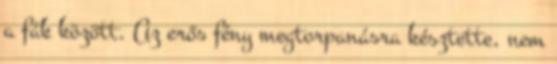
a fák között. Az erős fény megtorpanásra késztette, nem